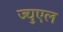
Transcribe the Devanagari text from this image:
ज्युएल